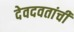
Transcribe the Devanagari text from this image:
देवदवतांची